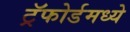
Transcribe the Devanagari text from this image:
ट्रॅफोर्डमध्ये